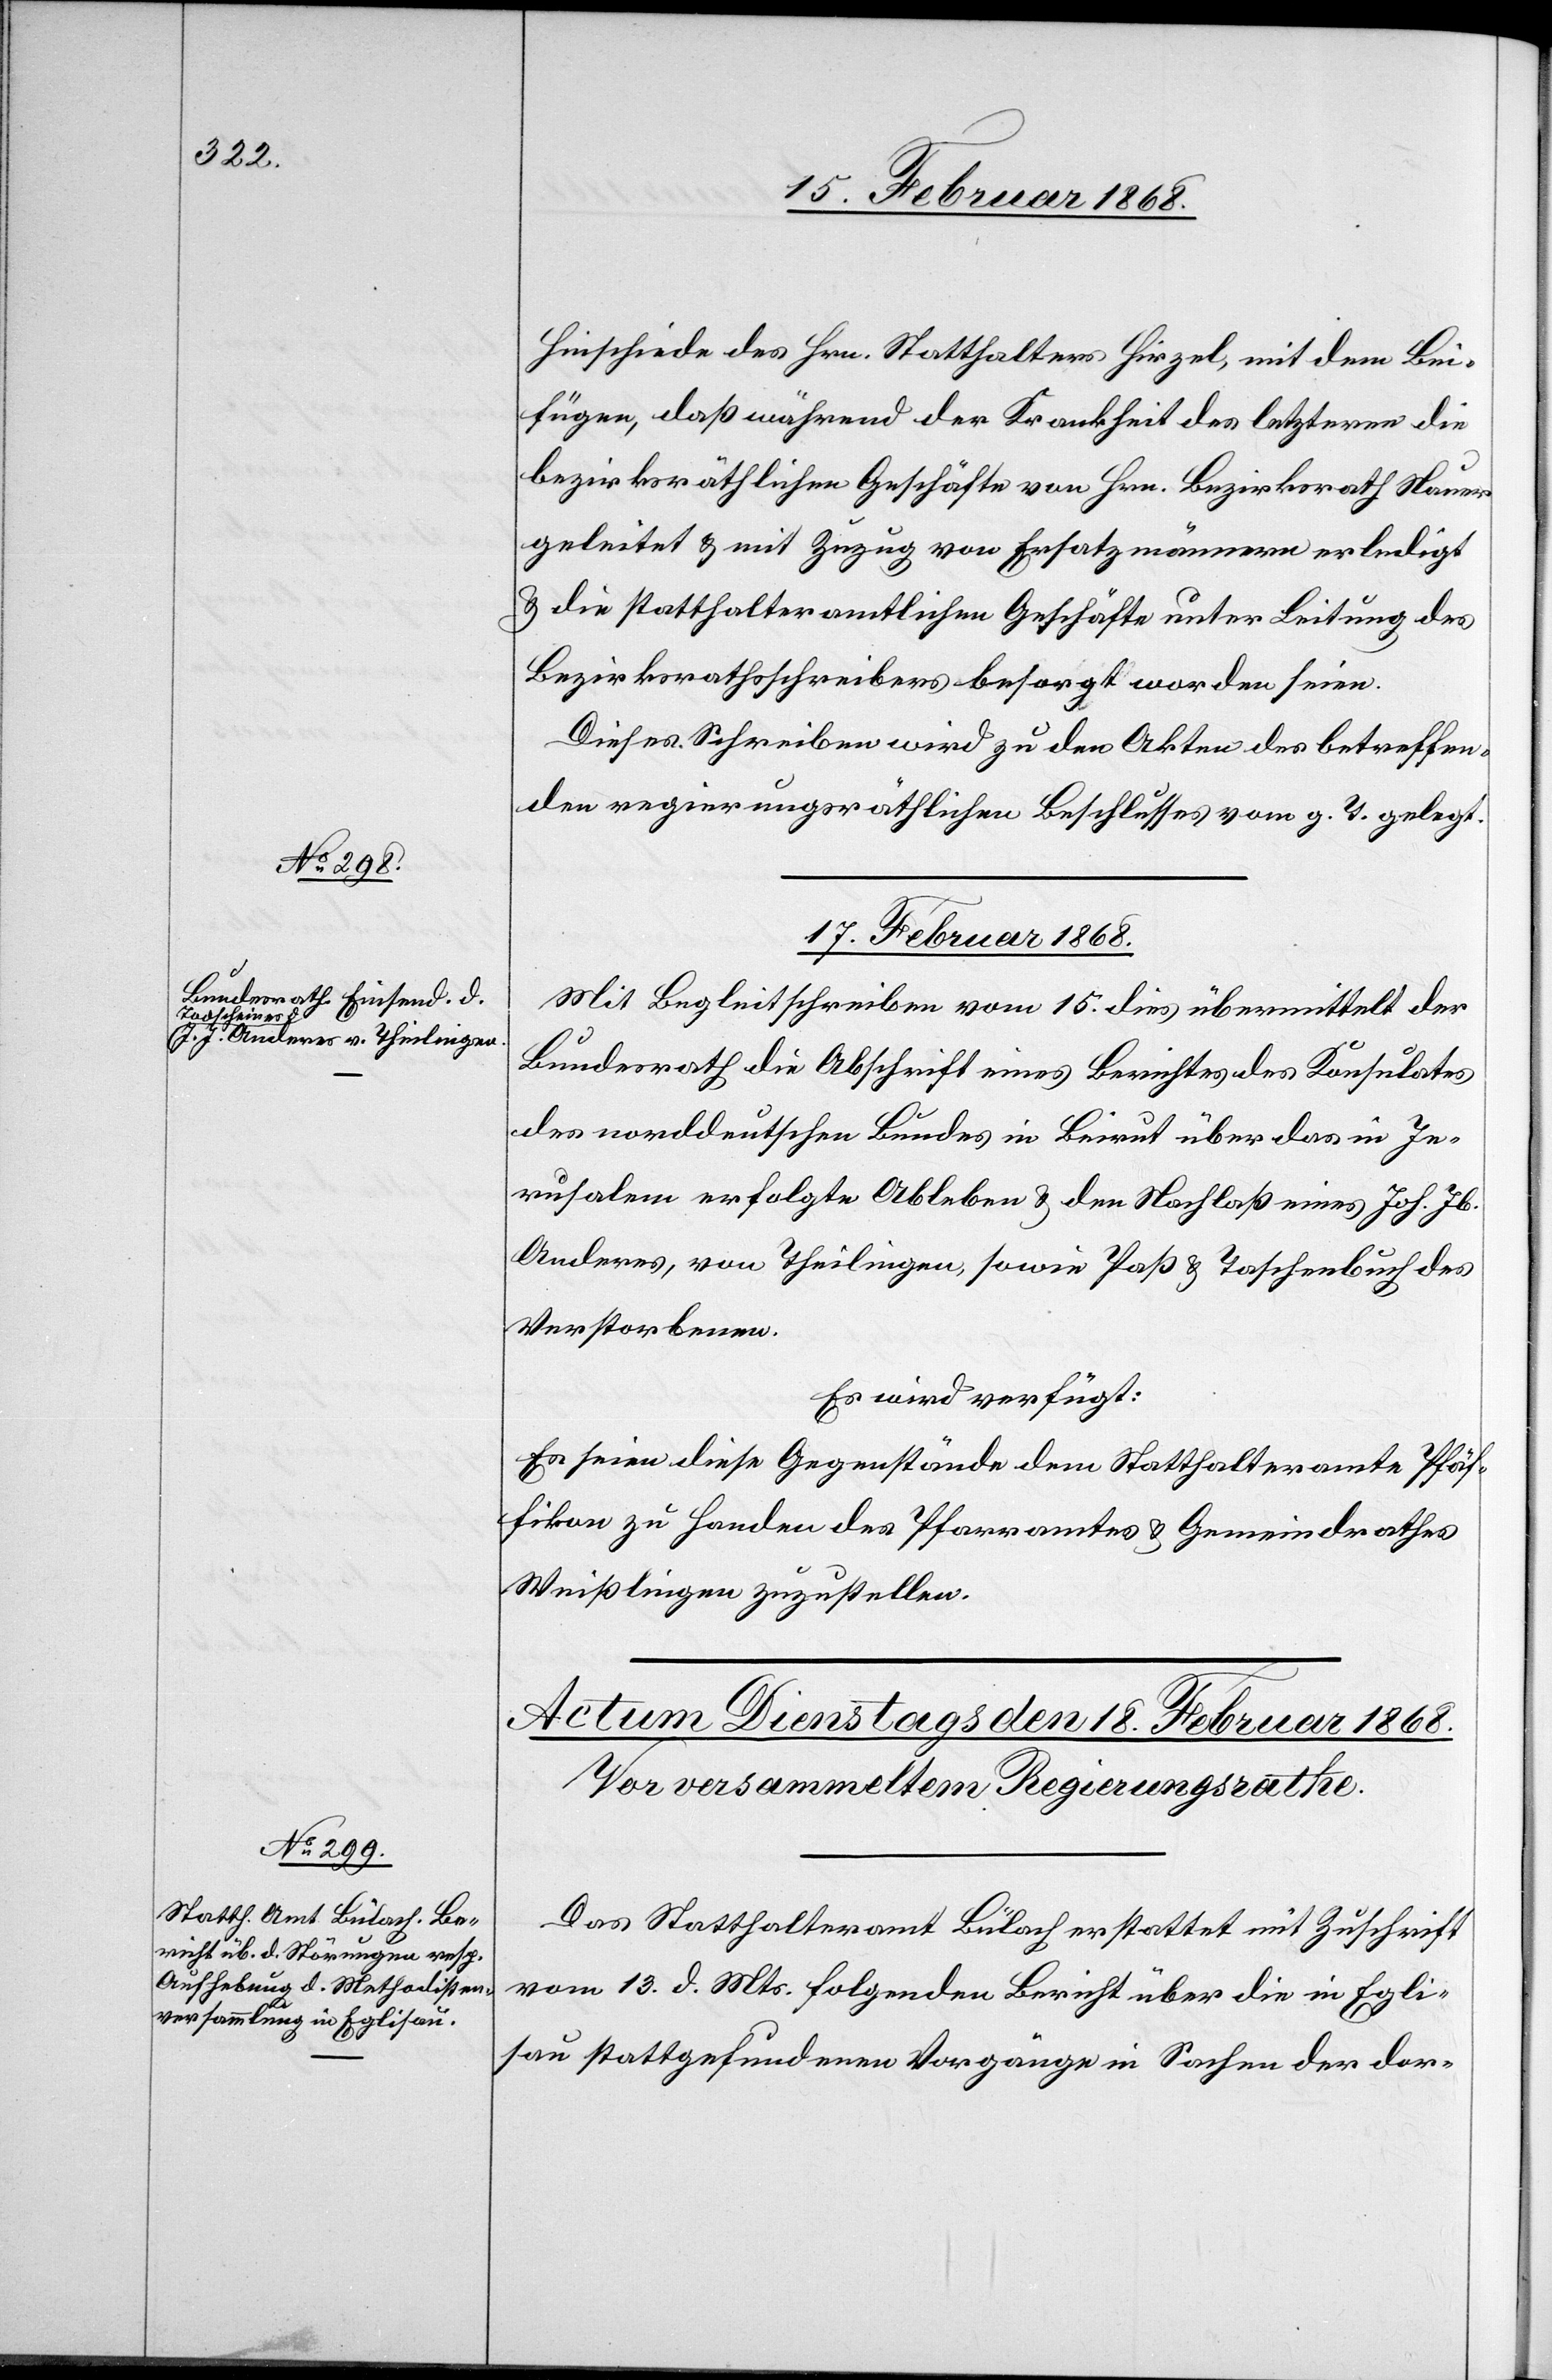
Hinschiede des Hrn. Statthalters Hirzel, mit dem Bei¬
fügen, daß während der Krankheit des letzteren die
bezirksräthlichen Geschäfte von Hrn. Bezirksrath Nauer
geleitet & mit Zuzug von Ersatzmännern erledigt
& die statthalteramtlichen Geschäfte unter Leitung des
Bezirksrathsschreibers besorgt worden seien.
Dieses Schreiben wird zu den Akten des betreffen¬
den regierungsräthlichen Beschlusses vom g. T. gelegt.
17. Februar 1868.
Mit Begleitschreiben vom 15. dies übermittelt der
Bundesrath die Abschrift eines Berichtes des Konsulates
des norddeutschen Bundes in Beirut über das in Je¬
rusalem erfolgte Ableben & den Nachlaß eines Joh. Jb.
Anderes, von Theilingen, sowie Paß & Taschenbuch des
Verstorbenen.
Es wird verfügt:
Es seien diese Gegenstände dem Statthalteramte Pfäf¬
fikon zu Handen des Pfarramtes & Gemeindrathes
Weißlingen zuzustellen.
Das Statthalteramt Bülach erstattet mit Zuschrift
vom 13. d. Mts. folgenden Bericht über die in Egli¬
sau stattgefundenen Vorgänge in Sachen der dor-